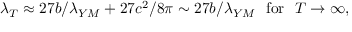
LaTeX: \lambda _ { T } \approx 2 7 b / \lambda _ { Y M } + 2 7 c ^ { 2 } / 8 \pi \sim 2 7 b / \lambda _ { Y M } ~ ~ \mathrm { f o r } ~ ~ T \rightarrow \infty ,